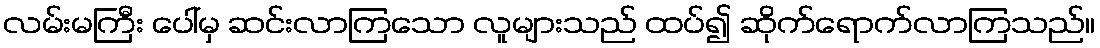
လမ်းမကြီး ပေါ်မှ ဆင်းလာကြသော လူများသည် ထပ်၍ ဆိုက်ရောက်လာကြသည်။